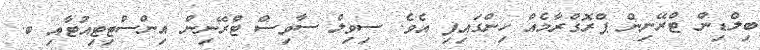
ބިލްޑިން ޓްރޭނިން ޕްރޮގްރާމެއް ހިންގައިފި އެވެ. ސިވިލް ސާވިސް ޓްރޭނިން އިންސްޓިޓިއުޓާއި ބ.